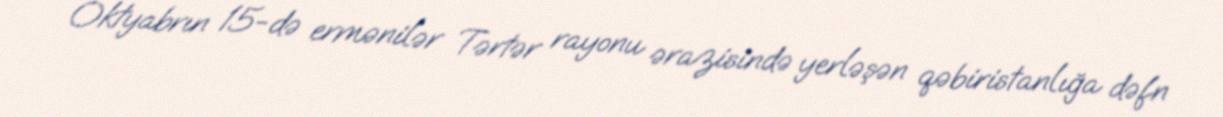
Oktyabrın 15-də ermənilər Tərtər rayonu ərazisində yerləşən qəbiristanlığa dəfn